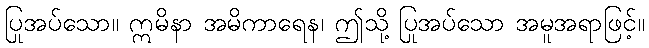
ပြုအပ်သော။ ဣမိနာ အမိကာရေန၊ ဤသို့ ပြုအပ်သော အမူအရာဖြင့်။